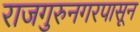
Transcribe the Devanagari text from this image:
राजगुरुनगरपासून